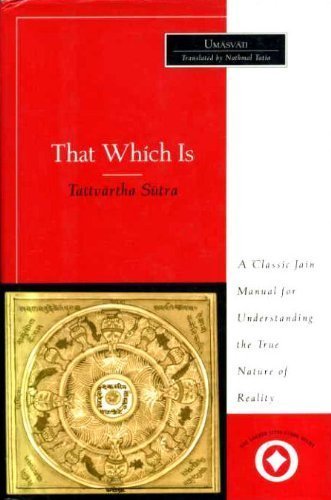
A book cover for Tattvartha Sutra: That Which Is (Sacred Literature); Umasvati; Religion & Spirituality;